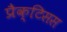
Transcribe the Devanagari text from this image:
प्रैक्टिसस